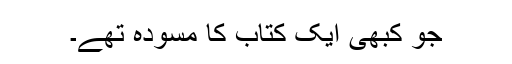
جو کبھی ایک کتاب کا مسودہ تھے۔